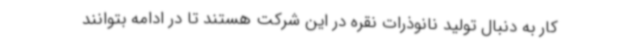
کار به دنبال تولید نانوذرات نقره در این شرکت هستند تا در ادامه بتوانند